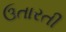
ઉતારતી